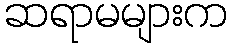
ဆရာမများက